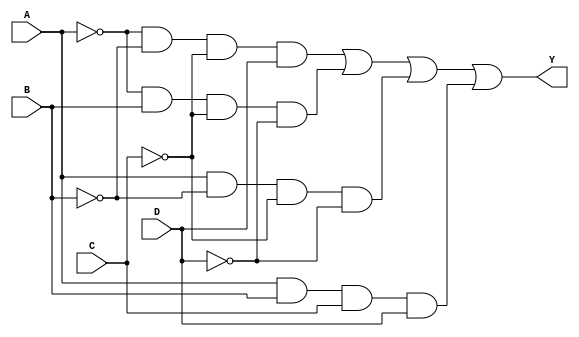
module combinational_logic (
    input wire A,  // Input A
    input wire B,  // Input B
    input wire C,  // Input C
    input wire D,  // Input D
    output wire Y  // Output Y
);

// Sum of Products (SOP) Implementation
// Example SOP expression: Y = A'B'C'D + A'BC'D' + AB'C'D' + ABCD
wire term1 = ~A & ~B & ~C & D;  // A'B'C'D
wire term2 = ~A & B & ~C & ~D;   // A'BC'D'
wire term3 = A & ~B & ~C & ~D;   // AB'C'D'
wire term4 = A & B & C & D;      // ABCD

// Final output for SOP
assign Y = term1 | term2 | term3 | term4;

// Uncomment below for Product of Sums (POS) Implementation
// Example POS expression: Y = (A + B + C)(A' + B' + D)(A' + C + D)(B' + C + D)
// wire maxterm1 = A | B | C;       // (A + B + C)
// wire maxterm2 = ~A | ~B | D;     // (A' + B' + D)
// wire maxterm3 = ~A | C | D;      // (A' + C + D)
// wire maxterm4 = ~B | C | D;      // (B' + C + D)

// // Final output for POS
// assign Y = ~(maxterm1 & maxterm2 & maxterm3 & maxterm4);

endmodule